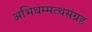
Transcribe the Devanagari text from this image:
अभिधम्मत्थसंग्रह